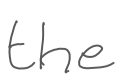
Text: the
Cross-out: clean
Writing tool: digital_gray